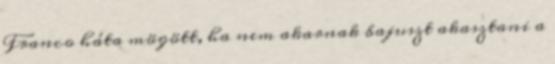
Franco háta mögött, ha nem akarnak bajuszt akasztani a